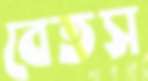
বেতস